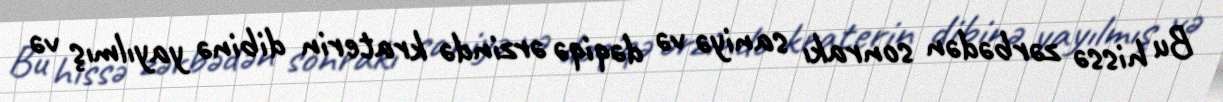
Bu hissə zərbədən sonrakı saniyə və dəqiqə ərzində kraterin dibinə yayılmış və